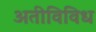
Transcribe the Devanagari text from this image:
अतीविविध